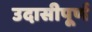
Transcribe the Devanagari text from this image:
उदासीपूर्ण